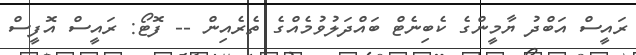
ރައީސް އަބްދު ޔާމީންގެ ކެބިނެޓް ބައްދަލުވުމެއްގެ ތެރެއިން -- ފޮޓޯ: ރައީސް އޮފީސް